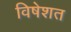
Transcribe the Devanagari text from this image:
विषेशत